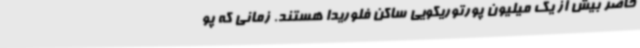
حاضر بیش از یک میلیون پورتوریکویی ساکن فلوریدا هستند. زمانی که پو